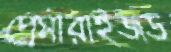
প্রেসারাইজড